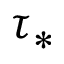
\tau _ { * }